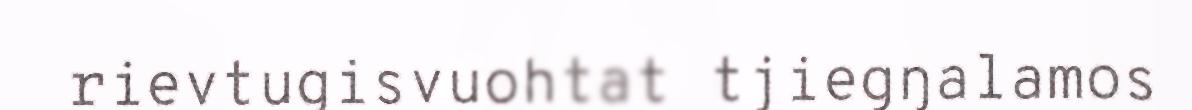
rievtugisvuohtat tjiegŋalamos